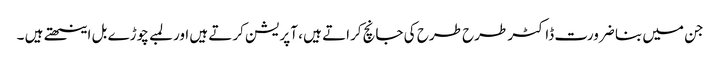
جن میں بنا ضرورت ڈاکٹر طرح طرح کی جانچ کراتے ہیں ، آپریشن کرتے ہیں اور لمبے چوڑے بل اینٹھتے ہیں ۔